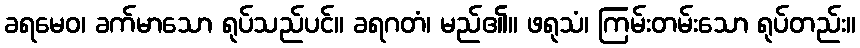
ခရမေဝ၊ ခက်မာသော ရုပ်သည်ပင်။ ခရဂတံ၊ မည်၏။ ဖရုသံ၊ ကြမ်းတမ်းသော ရုပ်တည်း။